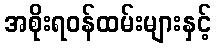
အစိုးရဝန်ထမ်းများနှင့်